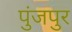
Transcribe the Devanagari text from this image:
पुंजपुर